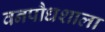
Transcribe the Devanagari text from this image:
वनपौधशाला